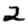
Digit: 2